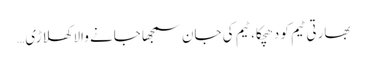
بھارتی ٹیم کو دھچکا، ٹیم کی جان سمجھا جانے والا کھلاڑی…